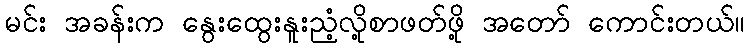
မင်း အခန်းက နွေးထွေးနူးညံ့လို့စာဖတ်ဖို့ အတော် ကောင်းတယ်။